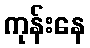
ကုန်းနေ